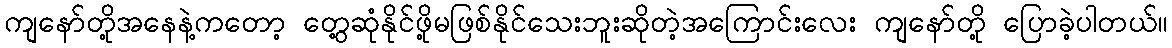
ကျနော်တို့အနေနဲ့ကတော့ တွေ့ဆုံနိုင်ဖို့မဖြစ်နိုင်သေးဘူးဆိုတဲ့အကြောင်းလေး ကျနော်တို့ ပြောခဲ့ပါတယ်။